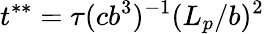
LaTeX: t^{**}=\tau(cb^{3})^{-1}(L_{p}/b)^{2}